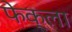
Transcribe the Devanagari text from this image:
फेक्ला